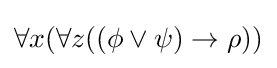
\forall x(\forall z((\phi \lor \psi )\rightarrow \rho ))